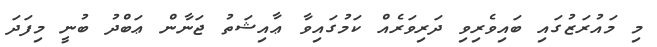
މި މައުރަޒުގައި ބައިވެރިވި ދަރިވަރެއް ކަމުގައިވާ ޢާއިޝަތު ޖަނާން ޢަބްދު ބުނީ މިފަދަ